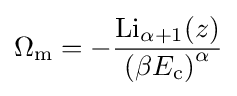
\Omega _{\rm {m}}=-{\frac {{\textrm {Li}}_{\alpha +1}(z)}{\left(\beta E_{\text{c}}\right)^{\alpha }}}